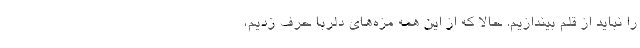
را نباید از قلم بیندازیم. حالا که از این همه مزه‌های دلربا حرف زدیم،